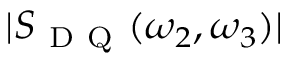
| S _ { \mathrm { ~ D ~ Q ~ } } ( \omega _ { 2 } , \omega _ { 3 } ) |